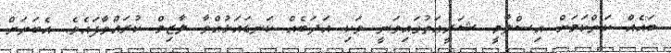
ބައެއް ކަންކަމަށް އިސްލާމީ ޝަރީޢަތުގައިވަނީ ވަކި އަދަބެއް ކަނޑައަޅުއްވާ ލާޒިމް ކުރައްވާފައެވެ. އެބަޔަށް